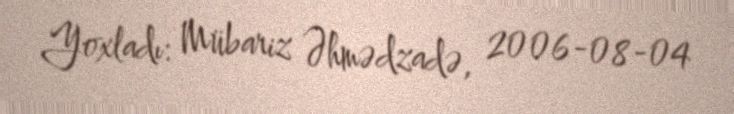
Yoxladı: Mübariz Əhmədzadə, 2006-08-04